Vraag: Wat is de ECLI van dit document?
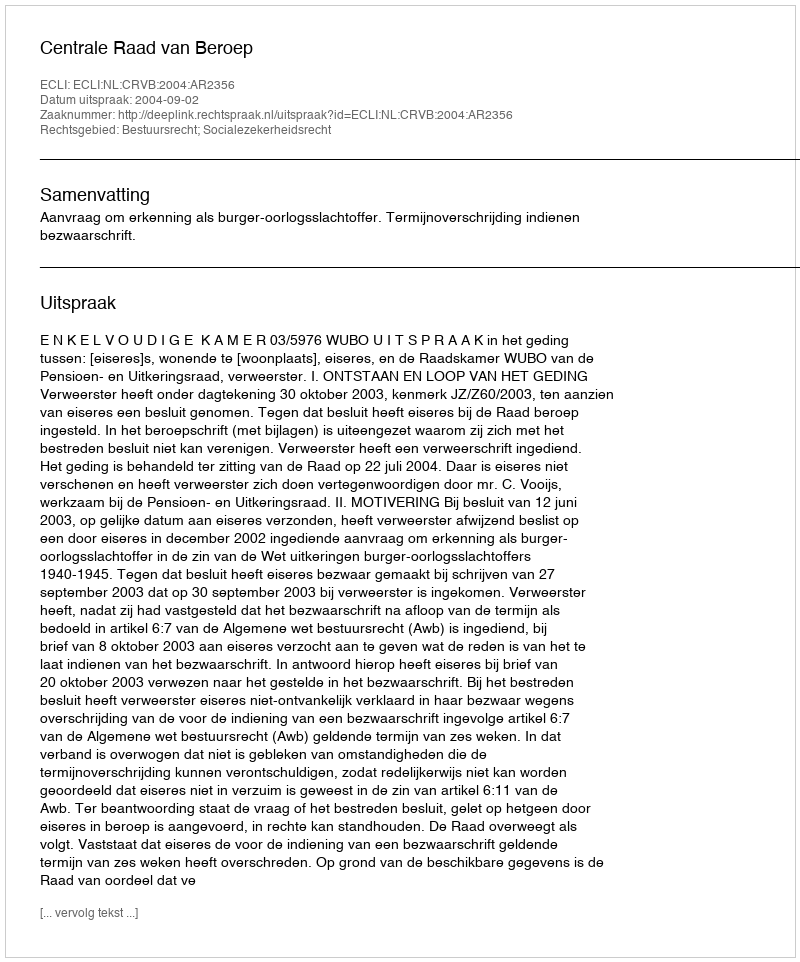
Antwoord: ECLI:NL:CRVB:2004:AR2356